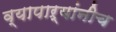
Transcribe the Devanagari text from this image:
व्यापाऱ्यांनीच